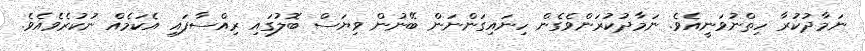
ނަމާދުކުރާ ހިތްނުވަނީއެވެ. ނަމާދުކުރަންވެގެން ހިނައިގަންނަން ބޭނުން ވިޔަސް ބޮލުގައި ރިއްސާފައި އެކަމެއް ނުކުރެވެއެވެ.